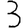
Digit: 3